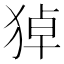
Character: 㹿